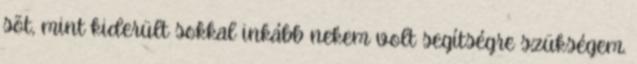
sõt, mint kiderült sokkal inkább nekem volt segítségre szükségem.